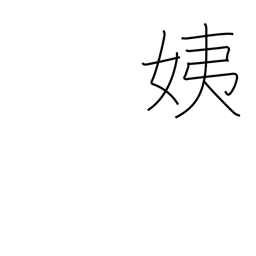
Meaning: younger sister